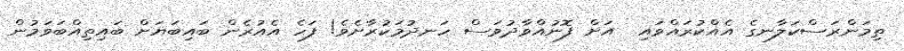
ތިމަންރަސްކަލާނގެ އެއްކުރައްވައި  އަށް ފޮނުއްވާދުވަސް ހަނދުމަކުރާށެވެ! ފަހެ އެއުރެން ބައިބަޔަށް ބައިތިއްބަވަމުން